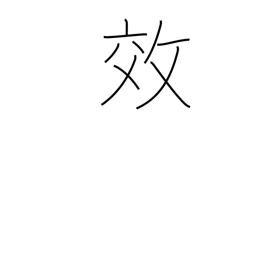
Meaning: effect